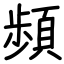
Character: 頻